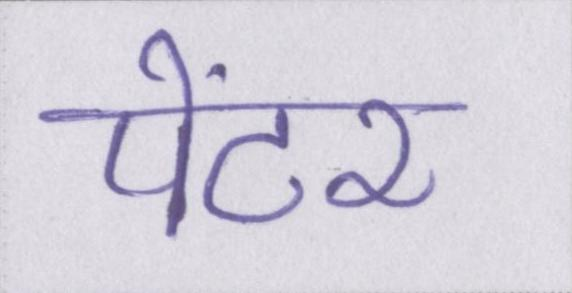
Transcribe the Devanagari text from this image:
पेंटर